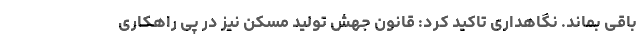
باقی بماند. نگاهداری تاکید کرد: قانون جهش تولید مسکن نیز در پی راهکاری